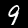
Label: 9